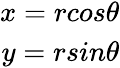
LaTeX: \begin{array}{r}{x=rcos\theta}\\ {y=rsin\theta}\end{array}